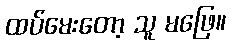
ထပ်မေးတော့ သူ မဖြေ။